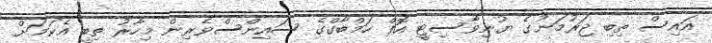
އައިސް ތިބި ޖަރުމަނުގެ ޔުނިވާސިޓީ އޮފް ހަމްބާގްގެ ސައިންސްވެރިން މިހާރު ތިބީ އެކަމަށް